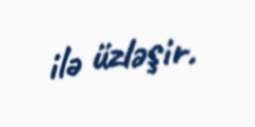
ilə üzləşir.